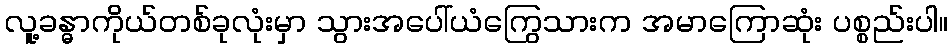
လူ့ခန္ဓာကိုယ်တစ်ခုလုံးမှာ သွားအပေါ်ယံကြွေသားက အမာကြောဆုံး ပစ္စည်းပါ။